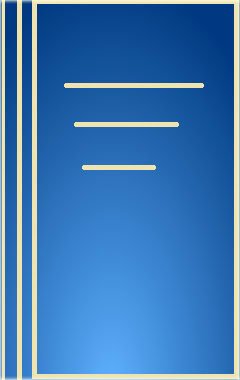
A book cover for Endometriosis the Enigmatic Disease; Stephen Corson; Health, Fitness & Dieting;